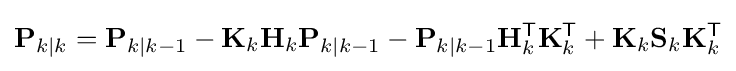
\mathbf {P} _{k\mid k}=\mathbf {P} _{k\mid k-1}-\mathbf {K} _{k}\mathbf {H} _{k}\mathbf {P} _{k\mid k-1}-\mathbf {P} _{k\mid k-1}\mathbf {H} _{k}^{\textsf {T}}\mathbf {K} _{k}^{\textsf {T}}+\mathbf {K} _{k}\mathbf {S} _{k}\mathbf {K} _{k}^{\textsf {T}}